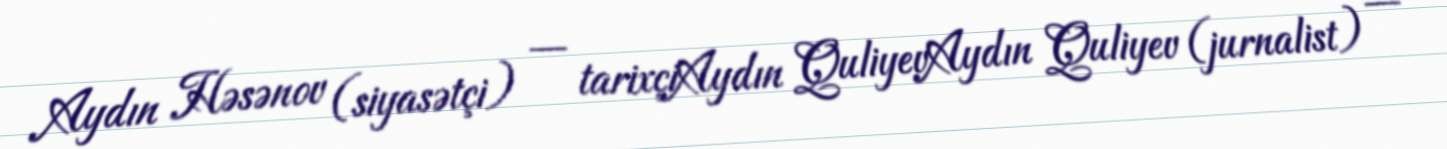
Aydın Həsənov (siyasətçi) — tarixçiAydın QuliyevAydın Quliyev (jurnalist) —